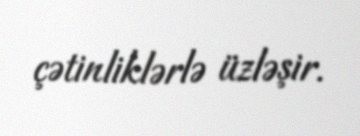
çətinliklərlə üzləşir.